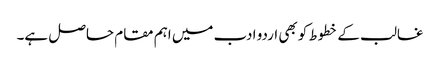
غالب کے خطوط کو بھی اردو ادب میں اہم مقام حاصل ہے۔